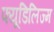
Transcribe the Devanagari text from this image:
फ्यूडिलिज्म